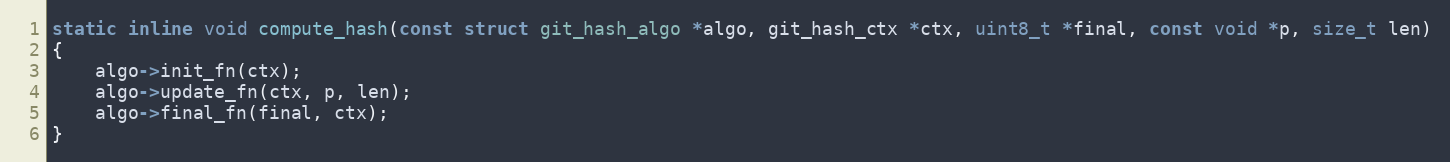
Language: C
static inline void compute_hash(const struct git_hash_algo *algo, git_hash_ctx *ctx, uint8_t *final, const void *p, size_t len)
{
	algo->init_fn(ctx);
	algo->update_fn(ctx, p, len);
	algo->final_fn(final, ctx);
}